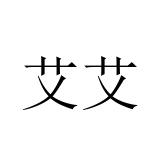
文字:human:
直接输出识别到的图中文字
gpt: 艾艾